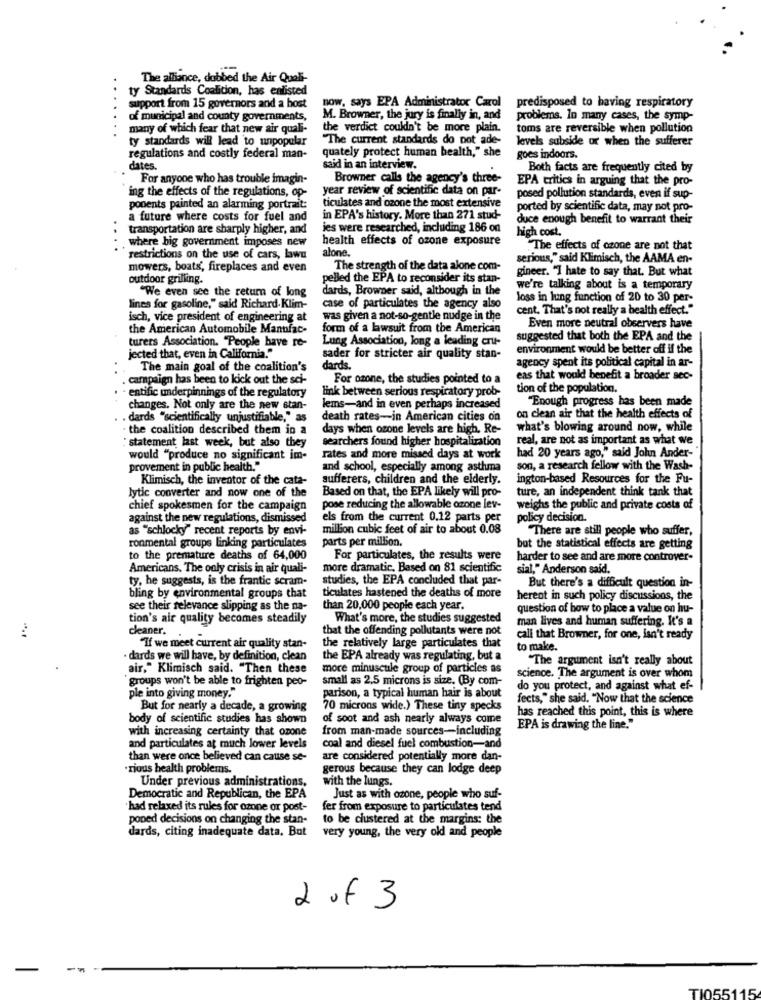
The alliance, dubbed the Air Quali-
ty Standards Coalition, has enlisted
now, says EPA Administrator Carol
predisposed to having respiratory
support from 15 governors and a host
of municipal and county governments,
M. Browner, the jury is finally in, and
problems. In many cases, the symp-
many of which fear that new air quali-
the verdict couldn't be more plain.
toms are reversible when pollution
ty standards will lead to unpopular
"The current standards do pot ade-
levels subside or when the sufferer
quately protect human health," she
regulations and costly federal man-
goes indoors.
dates.
said in an interview.
Both facts are frequently cited by
For anyone who has trouble imagin-
Browner calls the agency's three-
EPA critics in arguing that the pro-
year review of scientific data on par-
ing the effects of the regulations, op-
posed pollution standards, even if sup-
ponents painted an alarming portrait:
ticulates and ozone the most extensive
ported by scientific data, may not pro-
a future where costs for fuel and
in EPA's history. More than 271 stud-
duce enough benefit to warrant their
transportation are sharply higher, and
ies were researched, including 186 on
high cost.
where big government imposes new
health effects of ozone exposure
alone.
The effects of ozone are not that
restrictions on the use of cars, lawu
serious," said Klimisch, the AAMA en-
mowers, boats, fireplaces and even
The strength of the data alone com-
gineer. "I hate to say that. But what
outdoor grilling.
pelled the EPA to reconsider its stan-
dards, Browner said, although in the
we're talking about is a temporary
"We even see the return of long
loss in lung function of 20 to 30 per-
lines for gasoline," said Richard.Klim-
case of particulates the agency also
cent. That's not really a health effect."
isch, vice president of engineering at
was given a not-so-gentle nudge in the
the American Automobile Manufac-
form of a lawsuit from the American
Even more neutral observers have
Lung Association, long a leading cru-
suggested that both the EPA and the
turers Association. "People have re-
environment would be better off if the
jected that, even in California."
sader for stricter air quality stan-
The main goal of the coalition's
dards.
agency spent its political capital in ar-
campaign has been to kick out the sci-
For ozone, the studies pointed to a
eas that would benefit a broader sec-
entific underpinnings of the regulatory
link between serious respiratory prob-
tion of the population.
"Enough progress has been made
changes. Not only are the new stan-
lems-and in even perhaps increased
..
. dards "scientifically unjustifiable," as
death rates-in American cities on
on clean air that the health effects of
· the coalition described them in a
days when ozone levels are high, Re-
what's blowing around now, while
searchers found higher hospitaliration
real, are not as important as what we
: statement last week, but also they
would "produce no significant im-
rates and more missed days at work
had 20 years ago," said John Ander-
provement in public health."
and school, especially among asthma
son, a research fellow with the Wash-
Klimisch, the inventor of the cata-
sufferers, children and the elderly.
ington-based Resources for the Fu-
lytic converter and now one of the
Based on that, the EPA likely will pro-
ture, an independent think tank that
chief spokesmen for the campaign
pose reducing the allowable ozone lev-
weighs the public and private costs of
against the new regulations, dismissed
els from the current 0.12 parts per
policy decision.
as "schlocky" recent reports by envi-
million cubic feet of air to about 0.08
"There are still people who suffer,
parts per million.
ronmental groups linking particulates
but the statistical effects are getting
to the premature deaths of 64,000
For particulates, the results were
harder to see and are more controver-
Americans. The only crisis in air quali-
more dramatic, Based on 81 scientific
sial," Anderson said.
ty, he suggests, is the frantic scram-
studies, the EPA concluded that par-
But there's a difficult question in-
bling by environmental groups that
ticulates hastened the deaths of more
herent in such policy discussions, the
see their relevance slipping as the na-
than 20,000 people each year.
question of bow to place a value on hu-
tion's air quality becomes steadily
What's more, the studies suggested
man lives and human suffering. It's a
cleaner.
that the offending pollutants were not
call that Browner, for one, isn't ready
"If we meet current air quality stan-
the relatively large particulates that
to make.
· dards we will have, by definition, clean
the EPA already was regulating, but a
"The argument isn't really about
air," Klimisch said. "Then these
more minuscule group of particles as
groups won't be able to frighten peo-
small as 2.5 microns is size. (By com-
science. The argument is over whom
do you protect, and against what ef-
ple into giving money."
parison, a typical human hair is about
fects," she said. "Now that the science
But for nearly a decade, a growing
70 microns wide.) These tiny specks
has reached this point, this is where
body of scientific studies has shown
of soot and ash nearly always come
with increasing certainty that ozone
from man-made sources-including
EPA is drawing the line."
and particulates at much lower levels
coal and diesel fuel combustion-and
than were once believed can cause se-
are considered potentially more dan-
"rious health problems.
gerous because they can lodge deep
Under previous administrations,
with the lungs.
Democratic and Republican, the EPA
Just as with ozone, people who suf-
'had relaxed its rules for ozone or post-
fer from exposure to particulates tend
poned decisions on changing the stan-
to be clustered at the margins: the
dards, citing inadequate data. But
very young, the very old and people
2 of 3
TI055115